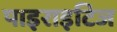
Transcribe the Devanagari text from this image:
पाइराइटिज